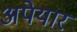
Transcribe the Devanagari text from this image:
अपेयार